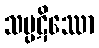
သပ္ပဋိဿော